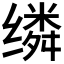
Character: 𬙈